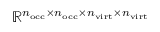
\mathbb { R } ^ { n _ { \mathrm { o c c } } \times n _ { \mathrm { o c c } } \times n _ { \mathrm { v i r t } } \times n _ { \mathrm { v i r t } } }